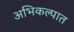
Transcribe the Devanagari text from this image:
अभिकल्पात